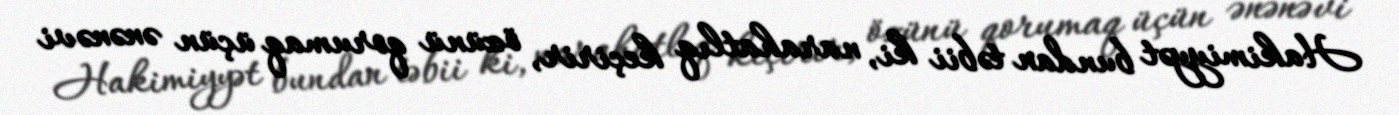
Hakimiyyət bundan təbii ki, narahatlıq keçirir, özünü qorumaq üçün ənənəvi